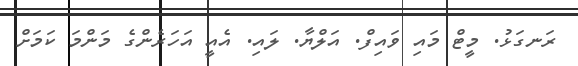
ރަނގަޅު. މީޓް މައި ވައިފް. އަލްޔާ. ލައި. އެއީ އަހަރެންގެ މަންމަ ކަމަށް